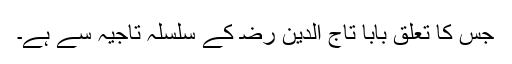
جس کا تعلق بابا تاج الدین ﺭﺿ کے سلسلہ تاجیہ سے ہے۔